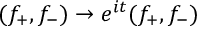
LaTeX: ( f _ { + } , f _ { - } ) \to e ^ { i t } ( f _ { + } , f _ { - } )